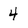
Character: 4